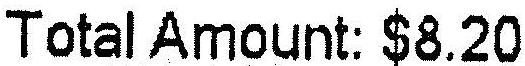
TOTAL AMOUNT: $8.20